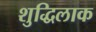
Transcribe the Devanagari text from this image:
शुद्धिलाक